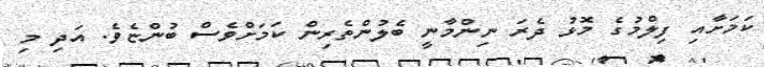
ކަމަށާއި ފިލްމުގެ މޮޅު ދެރަ ނިންމާނީ ބެލުންތެރިން ކަމަށްވެސް ބުންޏެވެ. އަދި މި